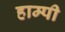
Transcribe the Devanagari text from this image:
हाम्पी